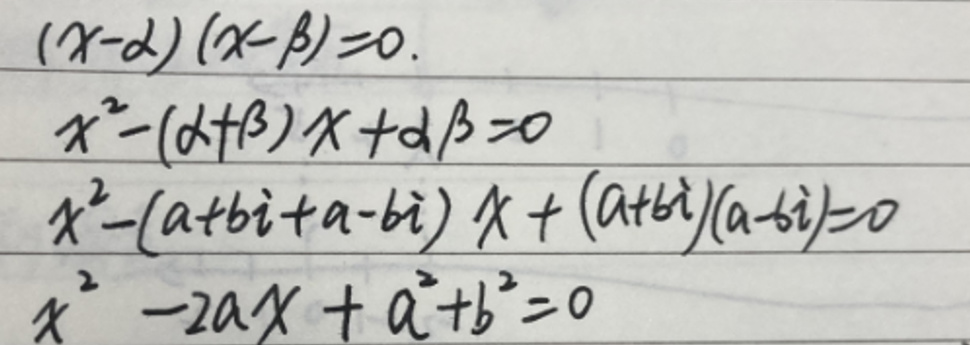
\begin{align*}
(x - \alpha)(x - \beta) &= 0\\
x^{2}-(\alpha+\beta)x+\alpha\beta&=0\\
x^{2}-(a + bi+a - bi)x+(a + bi)(a - bi)&=0\\
x^{2}-2ax+a^{2}+b^{2}&=0
\end{align*}